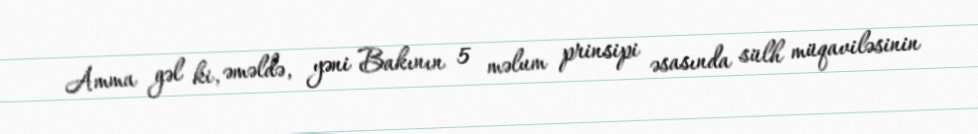
Amma gəl ki, əməldə, yəni Bakının 5 məlum prinsipi əsasında sülh müqaviləsinin